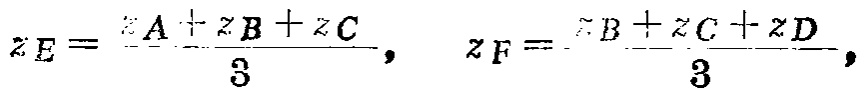
\[z_E = \frac{z_A + z_B + z_C}{3}, \quad z_F = \frac{z_B + z_C + z_D}{3},\]